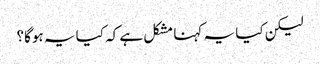
لیکن کیا یہ کہنا مشکل ہے کہ کیا یہ ہوگا؟